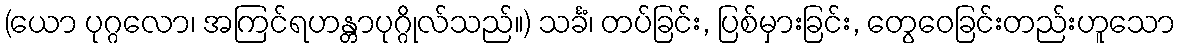
(ယော ပုဂ္ဂလော၊ အကြင်ရဟန္တာပုဂ္ဂိုလ်သည်။) သင်္ခံ၊ တပ်ခြင်း, ပြစ်မှားခြင်း, တွေဝေခြင်းတည်းဟူသော